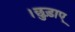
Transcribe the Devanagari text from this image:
।छुड़ाए